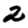
Digit: 2